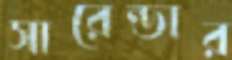
সারেন্ডার